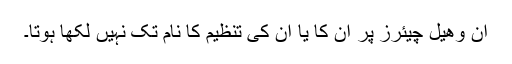
ان وھیل چیئرز پر ان کا یا ان کی تنظیم کا نام تک نہیں لکھا ہوتا۔